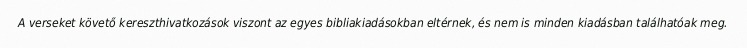
A verseket követő kereszthivatkozások viszont az egyes bibliakiadásokban eltérnek, és nem is minden kiadásban találhatóak meg.